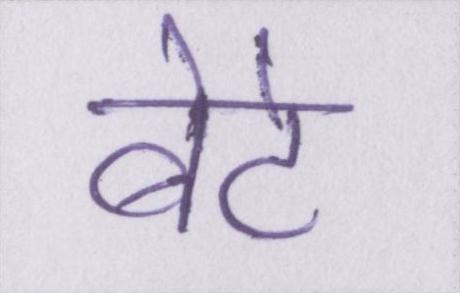
बेटे